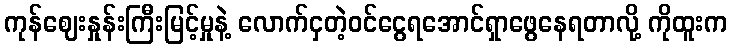
ကုန်ဈေးနှုန်းကြီးမြင့်မှုနဲ့ လောက်ငှတဲ့ဝင်ငွေရအောင်ရှာဖွေနေရတာလို့ ကိုထူးက